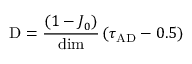
\mathrm { D } = \frac { ( 1 - J _ { 0 } ) } { \mathrm { d i m } } \left( \tau _ { \mathrm { A D } } - 0 . 5 \right)